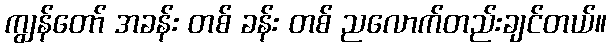
ကျွန်တော် အခန်း တစ် ခန်း တစ် ညလောက်တည်းချင်တယ်။